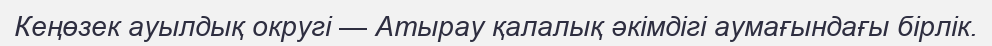
Кеңөзек ауылдық округі — Атырау қалалық әкімдігі аумағындағы бірлік.